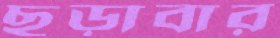
ছড়াবার